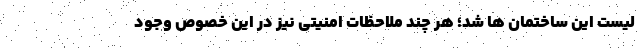
لیست این ساختمان ها شد؛ هر چند ملاحظات امنیتی نیز در این خصوص وجود